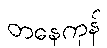
တနေကုန်